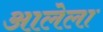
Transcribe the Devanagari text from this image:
अालेला